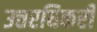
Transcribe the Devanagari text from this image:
उत्तरधिकरी